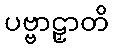
ပဗ္ဗာဠှာတိ